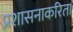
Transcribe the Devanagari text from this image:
प्रशासनाकरिता